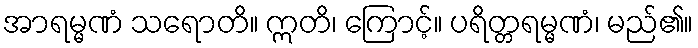
အာရမ္မဏံ သရောတိ။ ဣတိ၊ ကြောင့်။ ပရိတ္တရမ္မဏံ၊ မည်၏။